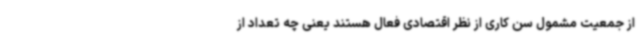
از جمعیت مشمول سن کاری از نظر اقتصادی فعال هستند یعنی چه تعداد از